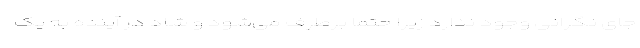
جای نگرانی وجود ندارد زیرا حتما برطرف می‌شود و شاد در آینده به یک